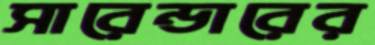
সারেন্ডারের